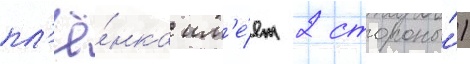
пл'ё́нка им'е́ет 2 стороны́)